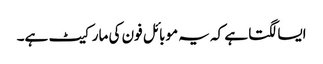
ایسا لگتا ہے کہ یہ موبائل فون کی مارکیٹ ہے۔